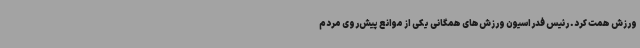
ورزش همت کرد. رئیس فدراسیون ورزش‌های همگانی یکی از موانع پیش‌روی مردم